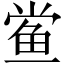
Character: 鲎